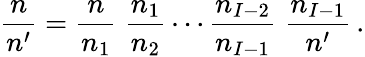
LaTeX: {\frac{n}{n^{\prime}}}={\frac{n}{n_{1}}}\; {\frac{n_{1}}{n_{2}}}\cdots{\frac{n_{I-2}}{n_{I-1}}}\; {\frac{n_{I-1}}{n^{\prime}}}\, .